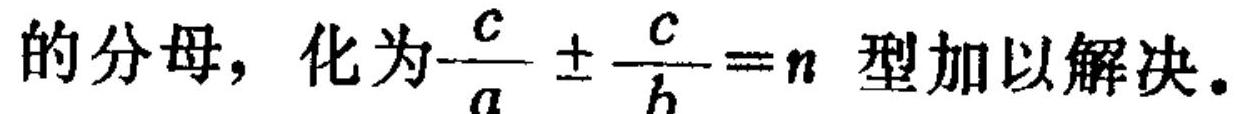
的分母，化为\(\frac{c}{a}\pm\frac{c}{b}=n\)型加以解决。